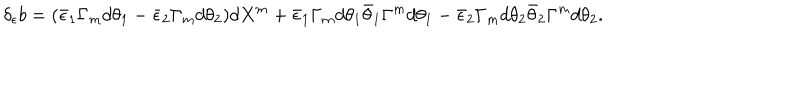
LaTeX: \delta _ { \epsilon } b = ( \bar { \epsilon } _ { 1 } \Gamma _ { m } d \theta _ { 1 } - \bar { \epsilon } _ { 2 } \Gamma _ { m } d \theta _ { 2 } ) d X ^ { m } + \bar { \epsilon } _ { 1 } \Gamma _ { m } d \theta _ { 1 } \bar { \theta } _ { 1 } \Gamma ^ { m } d \theta _ { 1 } - \bar { \epsilon } _ { 2 } \Gamma _ { m } d \theta _ { 2 } \bar { \theta } _ { 2 } \Gamma ^ { m } d \theta _ { 2 } .